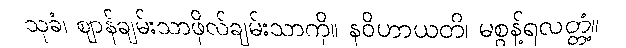
သုခံ၊ ဈာန်ချမ်းသာဖိုလ်ချမ်းသာကို။ နဝိဟာယတိ၊ မစွန့်ရလတ္တံ့။